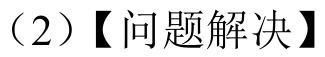
（2）【问题解决】